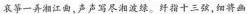
哀筝一弄湘江西，声声写尽湘绿。纤指十三弦，细将幽